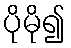
ပိုမို၍